Annual report of the Imperial Bacteriological Laboratory, Muktesar
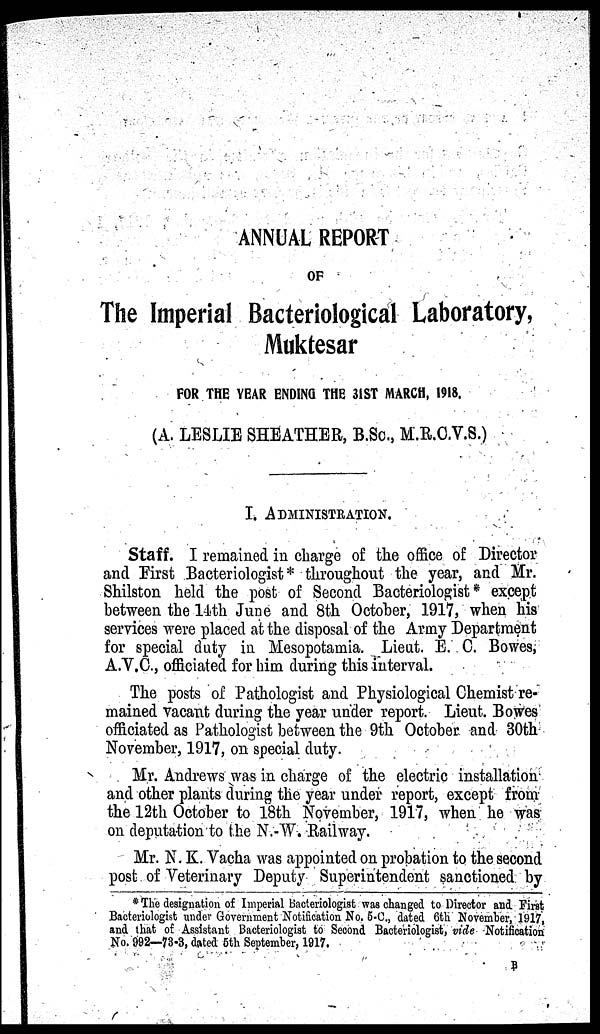
ANNUAL REPORT
OF
The Imperial Bacteriological Laboratory,
Muktesar
FOR THE YEAR ENDING THE 31 ST MARCH, 1918.
(A. LESLIE SHEATHER, B.Sc., M.R.C.V.S.)
I. ADMINISTRATION.
Staff. I remained in charge of the office of Director
and First Bacteriologist * throughout the year, and Mr.
Shilston held the post of Second Bacteriologist * except
between the 14th June and 8th October, 1917, when his
services were placed at the disposal of the Army Department
for special duty in Mesopotamia. Lieut. E. C. Bowes,
A.V.C., officiated for him during this interval.
The posts of Pathologist and Physiological Chemist re-
mained vacant during the year under report. Lieut. Bowes
officiated as Pathologist between the 9th October and 30th
November, 1917, on special duty.
Mr. Andrews was in charge of the electric installation
and other plants during the year under report, except from
the 12th October to 18th November, 1917, when he was
on deputation to the N.-W. Railway.
Mr. N. K. Vacha was appointed on probation to the second
post of Veterinary Deputy Superintendent sanctioned by
* The designation of Imperial Bacteriologist was changed to Director and. First
Bacteriologist under Government Notification No. 5-C., dated 6th November, 1917,
and that of Assistant Bacteriologist to Second Bacteriologist, vide Notification
No. 992—73-3, dated 5th September, 1917.
B